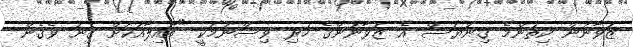
ޒުވާނުން ކިތަންމެ ގިނަޔަސް އެ ޒުވާނުންގެ ހުރި ވިސްނުމަކީ "އާއިލާއަކަށް ގިނަ ވެގެން